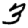
Digit: 3